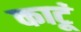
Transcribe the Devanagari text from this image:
काटूं